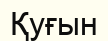
Қуғын